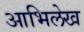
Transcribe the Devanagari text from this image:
आभिलेख